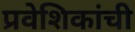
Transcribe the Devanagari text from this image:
प्रवेशिकांची